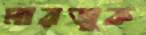
মারজুক